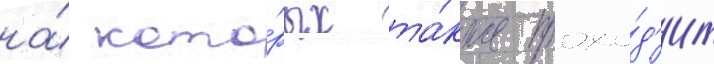
на́ кото́рых та́кже прохо́д'ит